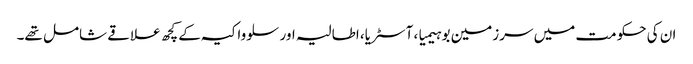
ان کی حکومت میں سرزمین بوہیمیا، آسٹریا، اطالیہ اور سلوواکیہ کے کچھ علاقے شامل تھے۔